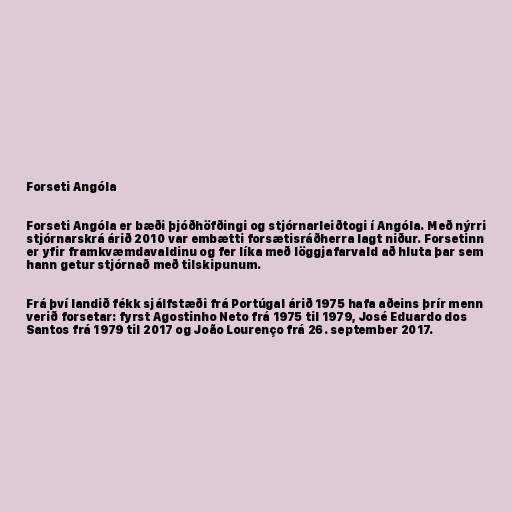
Forseti Angóla

Forseti Angóla er bæði þjóðhöfðingi og stjórnarleiðtogi í Angóla. Með nýrri
stjórnarskrá árið 2010 var embætti forsætisráðherra lagt niður. Forsetinn
er yfir framkvæmdavaldinu og fer líka með löggjafarvald að hluta þar sem
hann getur stjórnað með tilskipunum.

Frá því landið fékk sjálfstæði frá Portúgal árið 1975 hafa aðeins þrír menn
verið forsetar: fyrst Agostinho Neto frá 1975 til 1979, José Eduardo dos
Santos frá 1979 til 2017 og João Lourenço frá 26. september 2017.